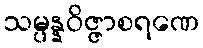
သမ္ပန္နဝိဇ္ဇာစရဏေ